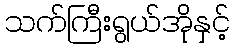
သက်ကြီးရွယ်အိုနှင့်